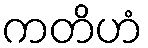
ကတိဟံ